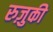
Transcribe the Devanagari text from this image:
रुज़ुकी